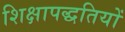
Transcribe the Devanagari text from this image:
शिक्षापद्धतियों